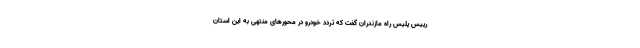
رییس پلیس راه مازندران گفت که تردد خودرو در محورهای منتهی به این استان